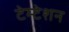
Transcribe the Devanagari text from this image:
टेम्टेशन